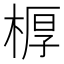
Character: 𣖔